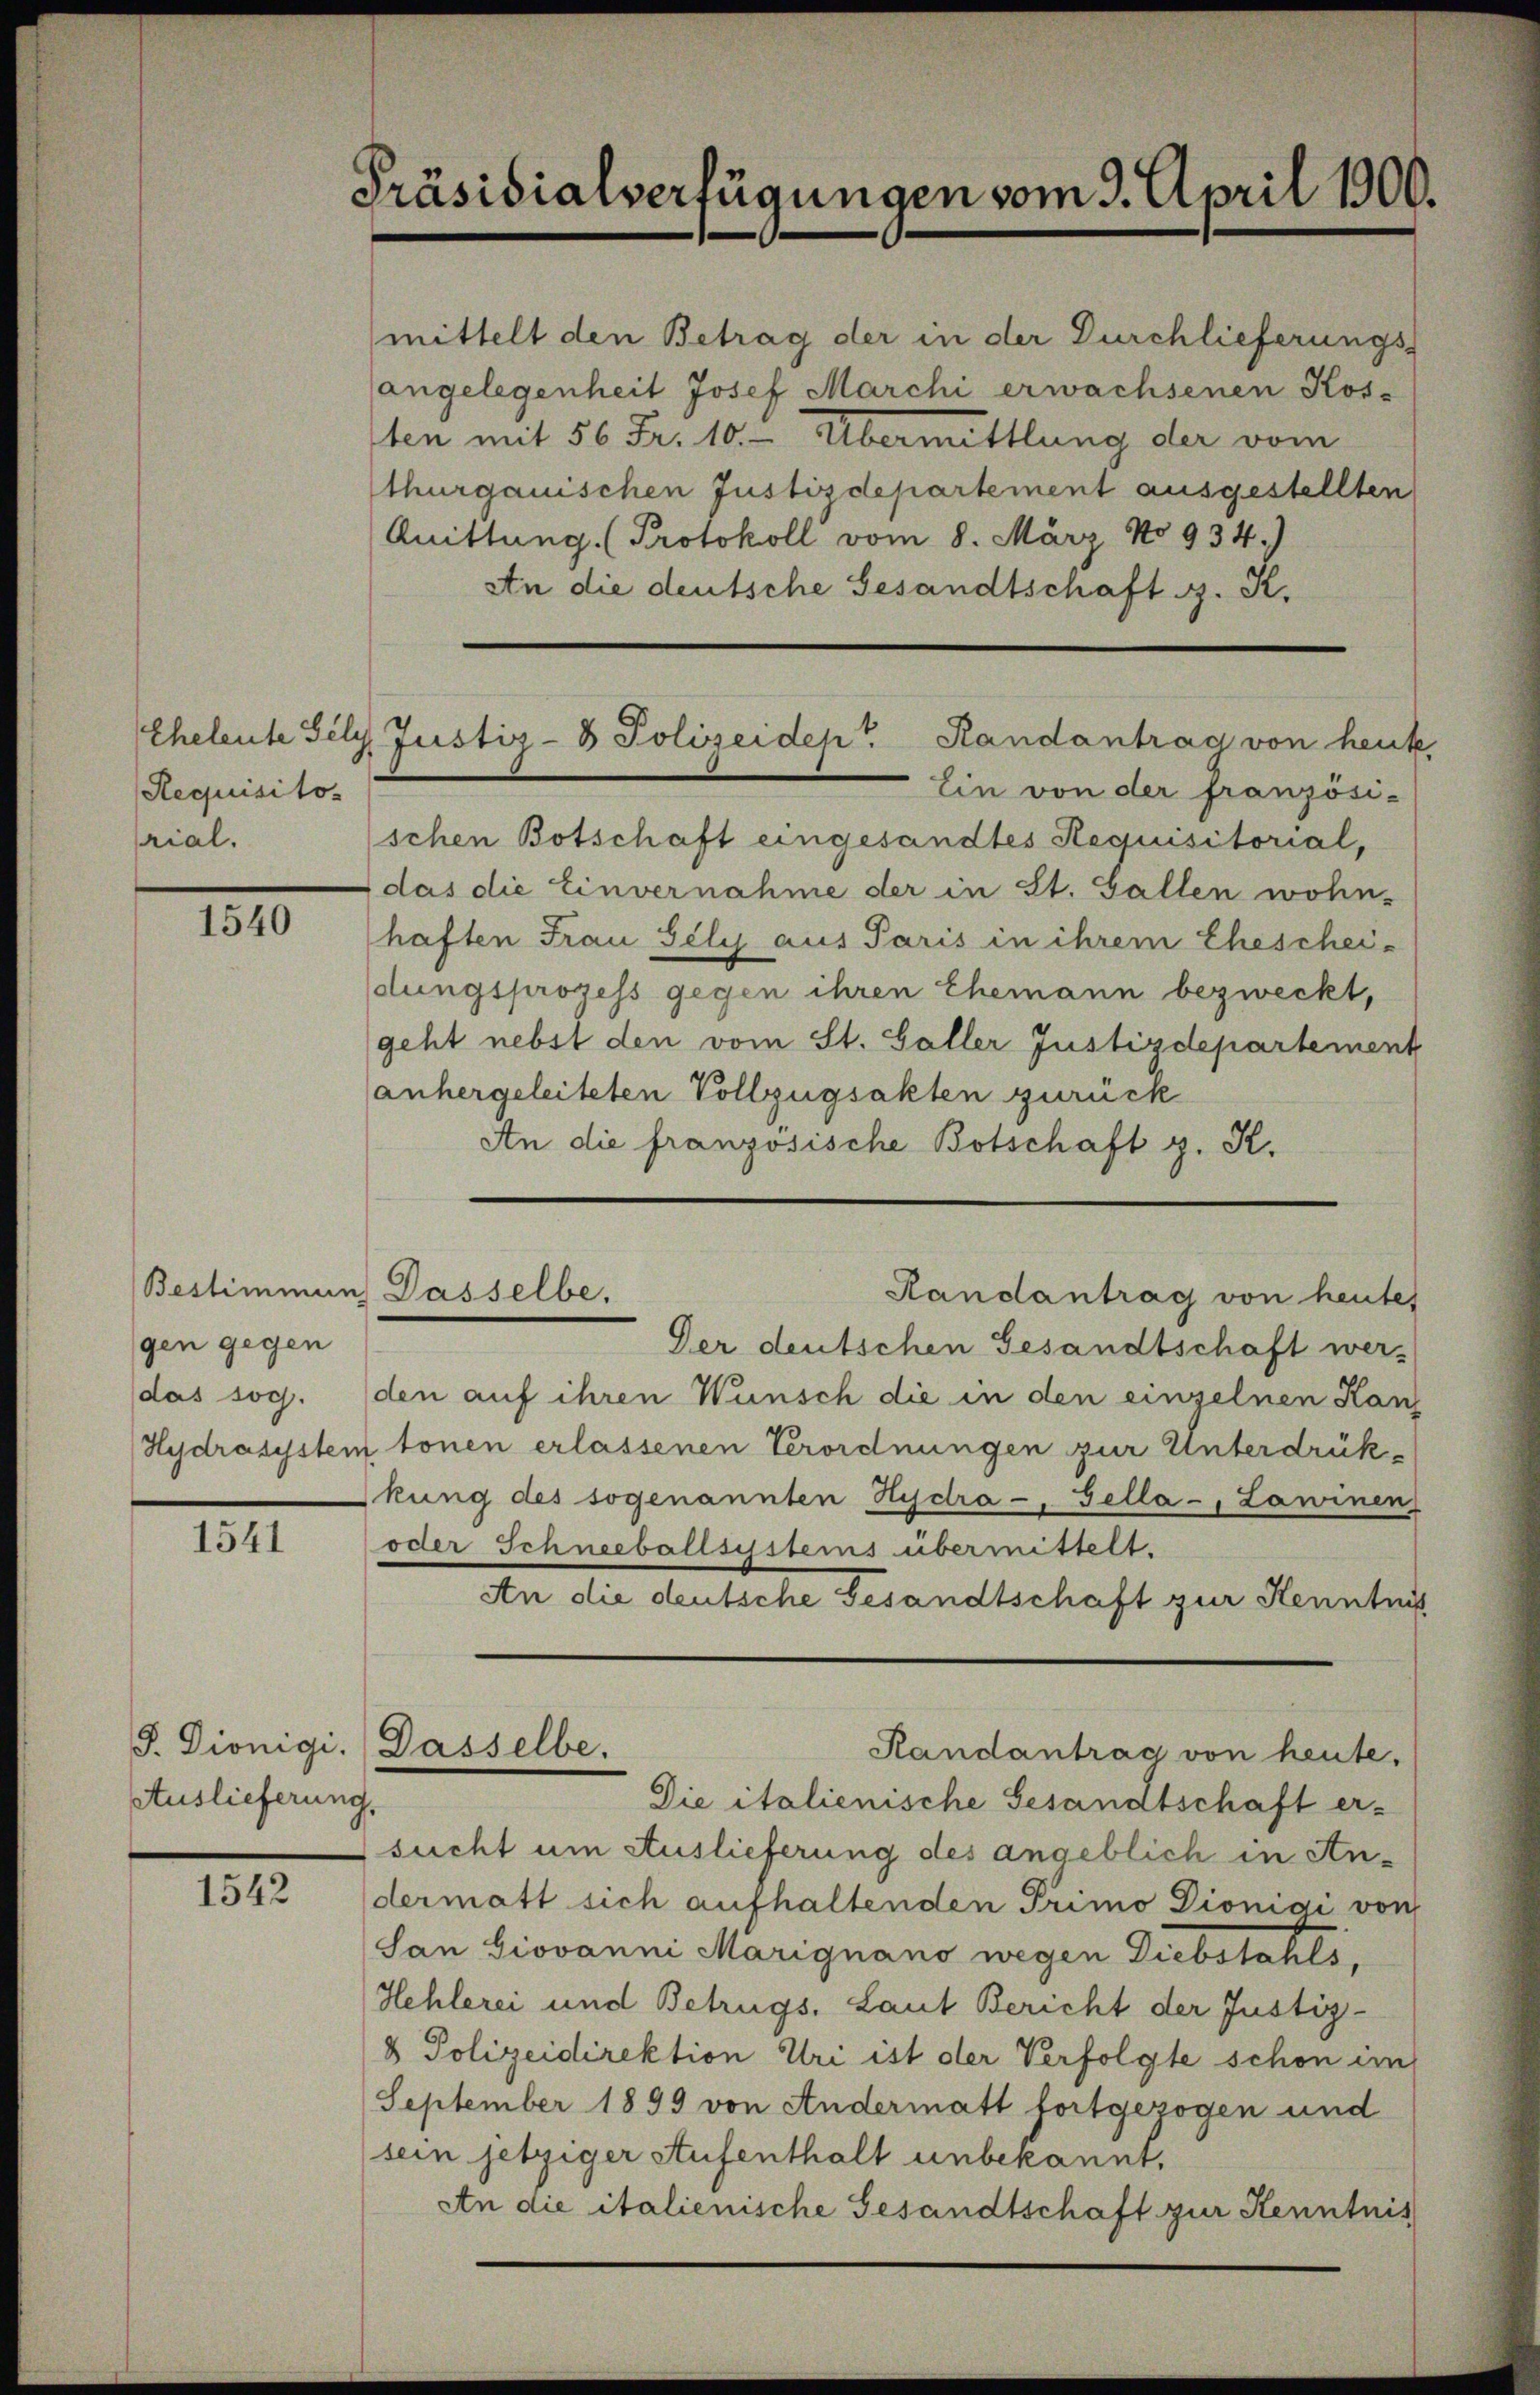
Präsidialverfügungen vom 3. April 1900.

mittelt den Betrag der in der Durchlieferungs-
angelegenheit Josef Marchi erwachsenen Kos-
ten mit 56 Fr. 10. - Übermittlung der vom
thurgauischen Justizdepartement ausgestellten
Quittung (Protokoll vom 8. März No 934.)
An die deutsche Gesandtschaft d. K.

Eheleute Sely, Justiz- & Polizeidep. Randantrag von heute

Ein von der französi-
schen Botschaft eingesandtes Requisitorial,
) das die Einvernahme der in St. Gallen wohn-
haften Frau Sely aus Paris in ihrem Eheschei-
dungsprozess gegen ihren Ehemann bezweckt,
geht nebst den vom St. Galler Justizdepartement
anhergeleiteten Vollzügsakten zurück
An die französische Botschaft z. R.

Requisitos
rial.

1540

Der deutschen Gesandtschaft werden auf ihren Wunsch die in den einzelnen Kanz
Hydrasystem tonen erlassenen Verordnungen zur Unterdrükkung des sogenannten Hydra-, Gella - Lawinen
oder Schneeballsystems übermittelt.
An die deutsche Gesandtschaft zur Kenntni
J. Dionigi. Dasselbe.
Randantrag von heute.
Die italienische Gesandtschaft er-
sucht um Auslieferung des angeblich in Andermatt sich aufhaltenden Primo Diönigi von
San Giovanni Marignano wegen Diebstahls,
Hehlerei und Betrugs. Laut Bericht der Justiz-
& Polizeidirektion Uri ist der Verfolgte schon im
September 1899 von Andermatt fortgezogen und
sein jetziger Aufenthalt unbekannt,
An die italienische Gesandtschaft zur Kenntnis

Bestimmen. Dasselbe,
Randantrag von heutes

gen gegen
das sog.

.

Auslieferung,

1542